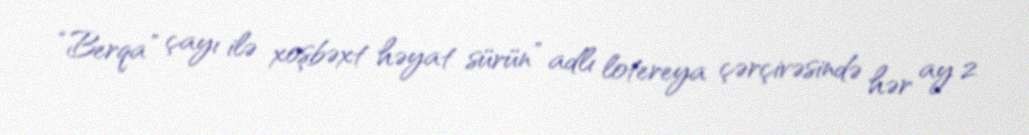
“Berqa” çayı ilə xoşbəxt həyat sürün” adlı lotereya çərçivəsində hər ay 2